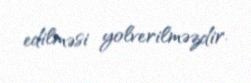
edilməsi yolverilməzdir.